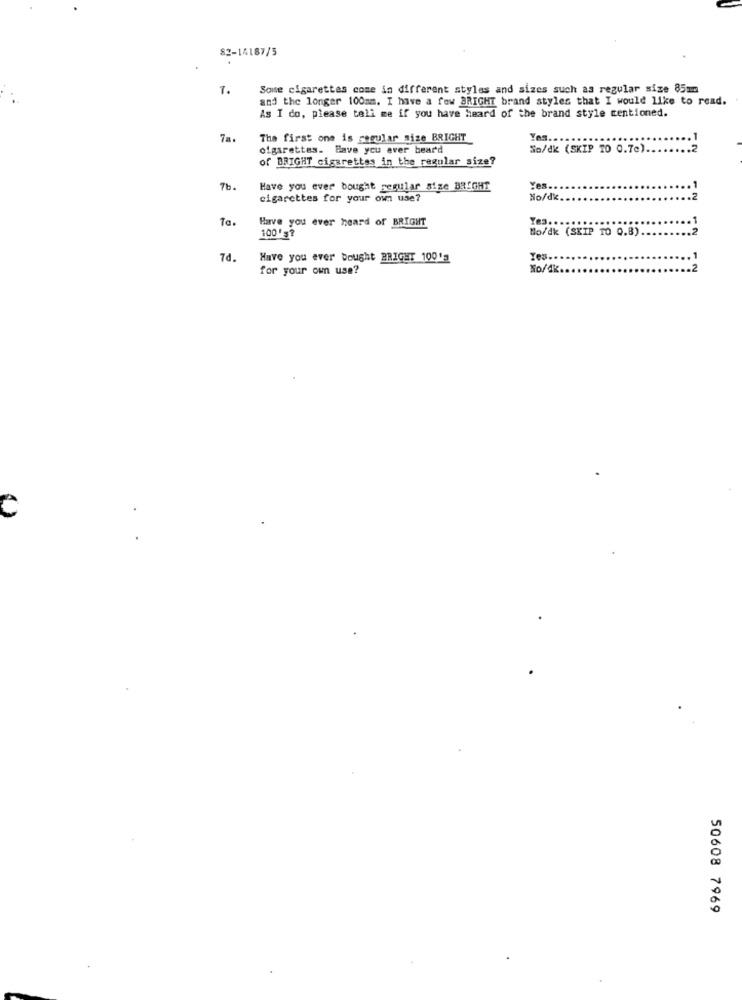
82-14187/5
7.
Some cigarettes come in different styles and sizes such as regular size 85mm
and the longer 100mm. I have a few BRIGHT brand styles that I would like to read.
As I do, please tell me if you have heard of the brand style mentioned.
7a.
The first one is regular size BRIGHT
Yes ..
cigarettes. Have you ever bear'd
So/dk (SKIP TO 0.70).
of BRIGHT cigarettes in the regular size?
7b.
Have you ever bought regular size BRIGHT
Yes ..
cigarettes for your own use?
No/dk.
Ta.
Have you ever heard of BRIGHT
Yes.
100'?
Mo/dk (SKIP TO 0.8).
.2
7d.
Have you ever bought BRIGHT 100's
Tes.
for your own use?
No/dk ..
2
50608 7969